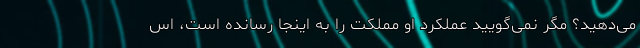
می‌دهید؟ مگر نمی‌گویید عملکرد او مملکت را به اینجا رسانده است، اس